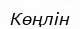
Көңлін